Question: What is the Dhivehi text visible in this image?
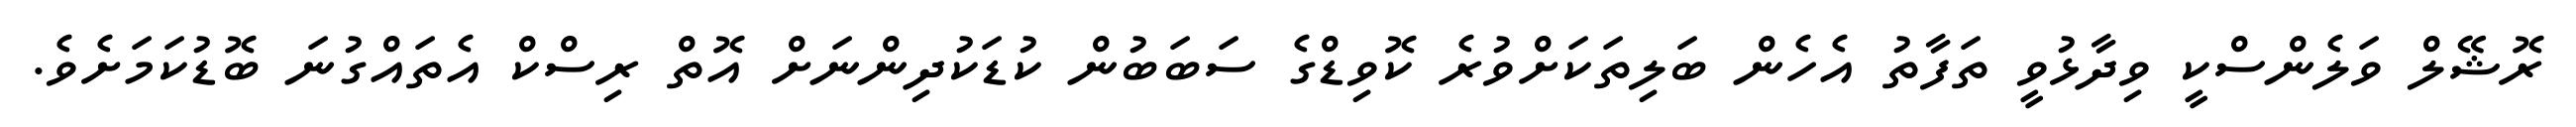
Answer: ރޮޝޭލް ވަލެންސްކީ ވިދާޅުވީ ތަފާތު އެހެން ބަލިތަކަށްވުރެ ކޮވިޑްގެ ސަބަބުން ކުޑަކުދިންނަށް އޮތް ރިސްކް އެތައްގުނަ ބޮޑުކަމަށެވެ.